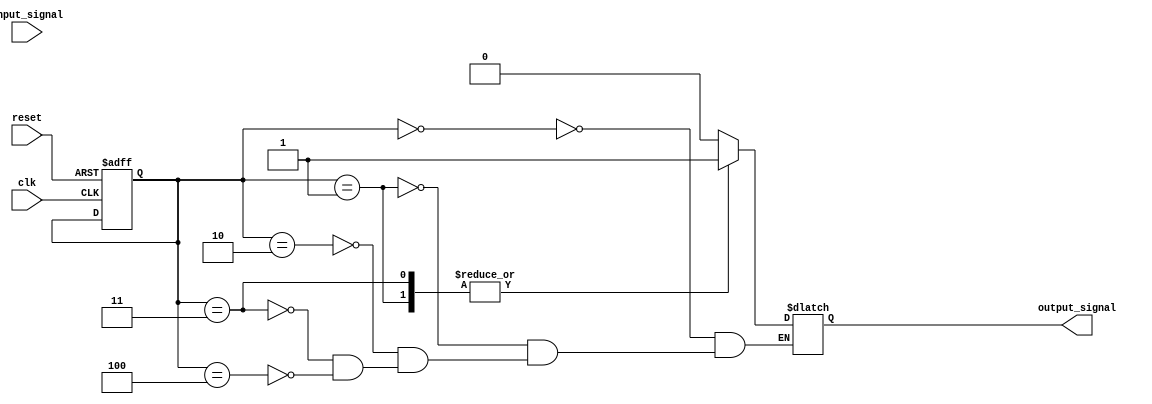
module Finite_State_Machine (
    input wire clk,
    input wire reset,
    input wire input_signal,
    output wire output_signal
);

// State variables
reg [2:0] current_state;
reg [2:0] next_state;

// Define states as a grid of cells
parameter STATE_A = 3'b000;
parameter STATE_B = 3'b001;
parameter STATE_C = 3'b010;
parameter STATE_D = 3'b011;
parameter STATE_E = 3'b100;

// Define transitions between cells based on input signals
always @ (posedge clk or posedge reset)
begin
    if (reset) begin
        current_state <= STATE_A;
    end else begin
        case(current_state)
            STATE_A: begin
                if (input_signal) begin
                    next_state <= STATE_B;
                end else begin
                    next_state <= STATE_C;
                end
            end
            
            STATE_B: begin
                next_state <= STATE_C;
            end
            
            STATE_C: begin
                if (input_signal) begin
                    next_state <= STATE_D;
                end else begin
                    next_state <= STATE_E;
                end
            end
            
            STATE_D: begin
                next_state <= STATE_E;
            end
            
            STATE_E: begin
                if (input_signal) begin
                    next_state <= STATE_A;
                end else begin
                    next_state <= STATE_B;
                end
            end
        endcase
    end
end

// Output signal based on current state
always @ (current_state)
begin
    case(current_state)
        STATE_A: begin
            output_signal <= 1'b0;
        end
        
        STATE_B: begin
            output_signal <= 1'b1;
        end
        
        STATE_C: begin
            output_signal <= 1'b0;
        end
        
        STATE_D: begin
            output_signal <= 1'b1;
        end
        
        STATE_E: begin
            output_signal <= 1'b0;
        end
    endcase
end

endmodule